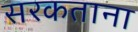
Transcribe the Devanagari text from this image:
सरकताना